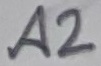
Text: A2